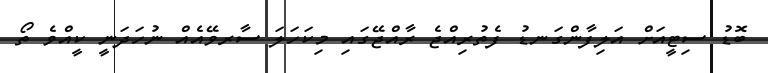
ބޮޑު ސިޓީއަށް އަލިފާންގަނޑު ފެތުރިއްޖެ ރާއްޖޭގައި މިކަހަލަ ސާރވޭއެއް ނުހަދަނީ ކީއްވެ ތޯ